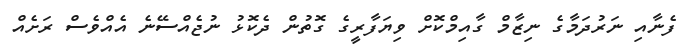
ފެނާއި ނަރުދަމާގެ ނިޒާމް ގާއިމްކޮށް ވިޔަފާރީގެ ގޮތުން ދެކޮޅު ނުޖެއްސޭނެ އެއްވެސް ރަށެއް